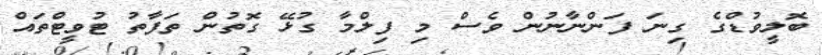
ބޮލީވުޑްގެ ގިނަ ފަންނާނުން ވެސް މި ފިލްމާ ގުޅޭ ގޮތުން ތަފާތު ޓުވީޓްތައް